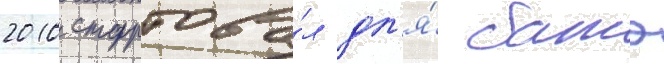
2010 стартова́л дл'я́ батэ